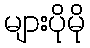
များပိုမို